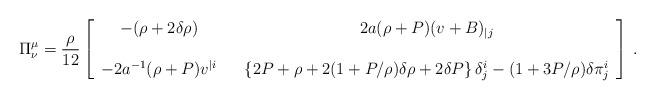
LaTeX: \begin{align*}\Pi^\mu_\nu ={\rho\over12}\left[\begin{array}{ccc}-(\rho+2\delta\rho) & & 2a(\rho+P)(v +B )_{|j} \\&&\\-2a^{-1}(\rho+P)v^{|i} & &\left\{2P+\rho+2(1+P/\rho)\delta\rho + 2\delta P\right\}\delta^i_j- (1+3P/\rho)\delta\pi^i_j\end{array}\right] \,.\end{align*}